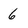
Character: 6